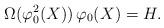
LaTeX: \begin{align*}\Omega (\varphi_0^2 (X)) \, \varphi_0 (X) = H . \end{align*}